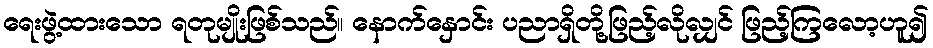
ရေးဖွဲ့ထားသော ရတုမျိုးဖြစ်သည်။ နောက်နှောင်း ပညာရှိတို့ဖြည့်လိုလျှင် ဖြည့်ကြလော့ဟူ၍